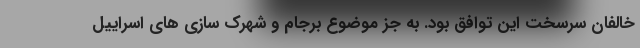
خالفان سرسخت این توافق بود. به جز موضوع برجام و شهرک سازی های اسراییل